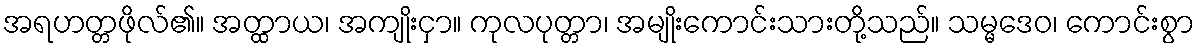
အရဟတ္တဖိုလ်၏။ အတ္ထာယ၊ အကျိုးငှာ။ ကုလပုတ္တာ၊ အမျိုးကောင်းသားတို့သည်။ သမ္မဒေဝ၊ ကောင်းစွာ